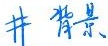
井背景